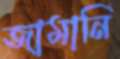
জামানি